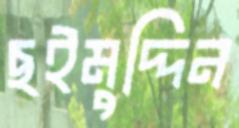
ছইমুদ্দিন